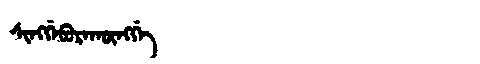
Manchu: ᠰᡳᠩᡤᡝᠪᡠᡵᠠᡴᡡᠩᡤᡝ
Romanization: SINGGEBURAKŪNGGE